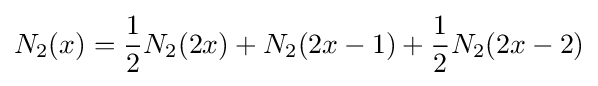
N_{2}(x)={\frac {1}{2}}N_{2}(2x)+N_{2}(2x-1)+{\frac {1}{2}}N_{2}(2x-2)